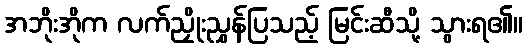
အဘိုးအိုက လက်ညှိုးညွှန်ပြသည့် မြင်းဆီသို့ သွားရ၏။